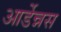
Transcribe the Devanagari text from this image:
आर्डेन्नस